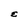
Character: E